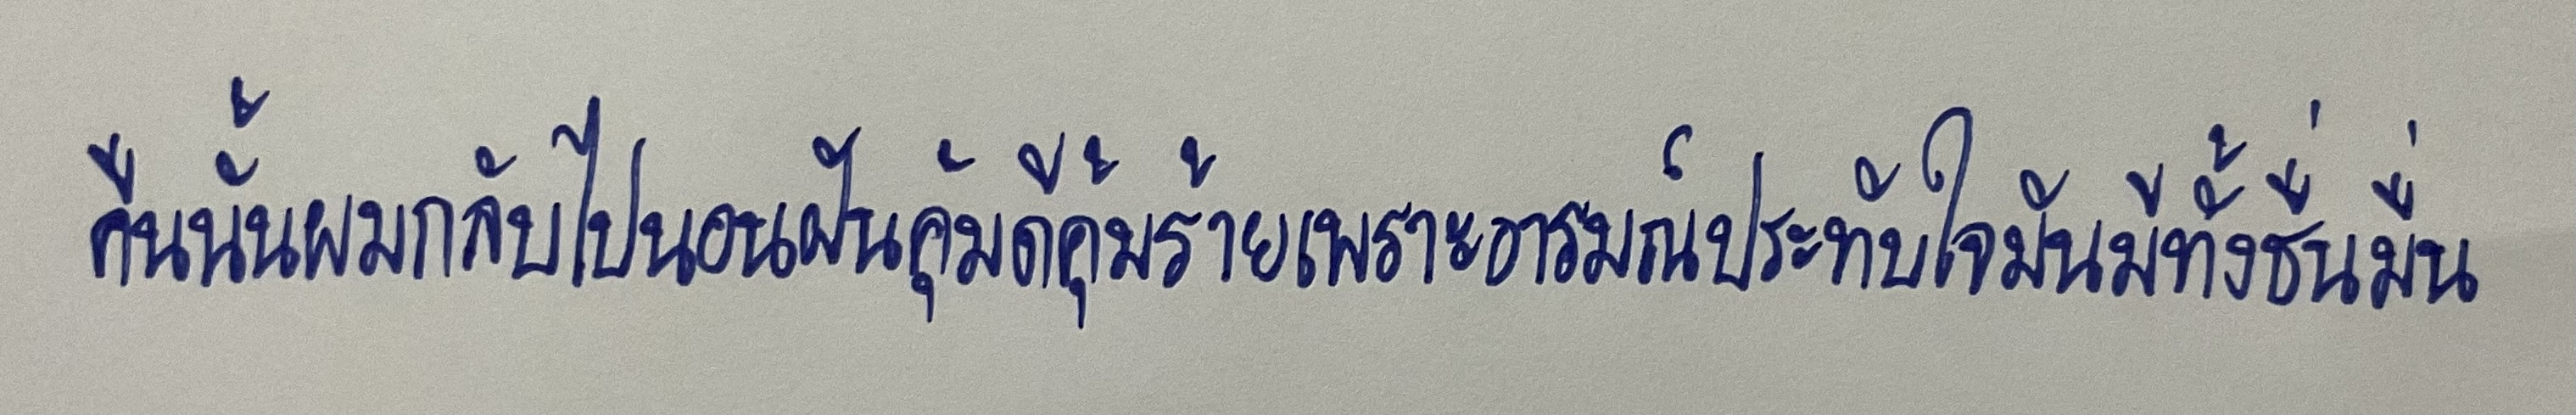
คืนนั้นผมกลับไปนอนฝันคุ้มดีคุ้มร้ายเพราะอารมณ์ประทับใจมันมีทั้งชื่นมื่น